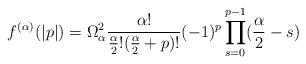
LaTeX: \begin{align*}f^{(\alpha)}(|p|) = \Omega_{\alpha}^2\frac{\alpha!}{\frac{\alpha}{2}!(\frac{\alpha}{2}+p)!}(-1)^p\prod_{s=0}^{p-1}(\frac{\alpha}{2}-s)\end{align*}